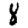
Digit: 8